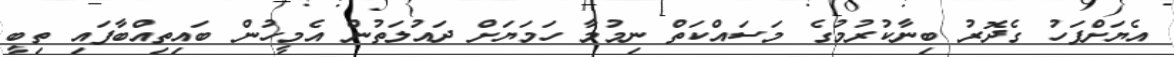
އެޔަށްފަހު ގެދޮރު ބިނާކުރުމުގެ މަސައްކަތް ނިމުމާ ހަމަޔަށް ދައުލަތުން އެމީހުން ބައިތިއްބާފައި ތިބީ